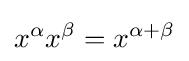
x^{\alpha }x^{\beta }=x^{\alpha +\beta }